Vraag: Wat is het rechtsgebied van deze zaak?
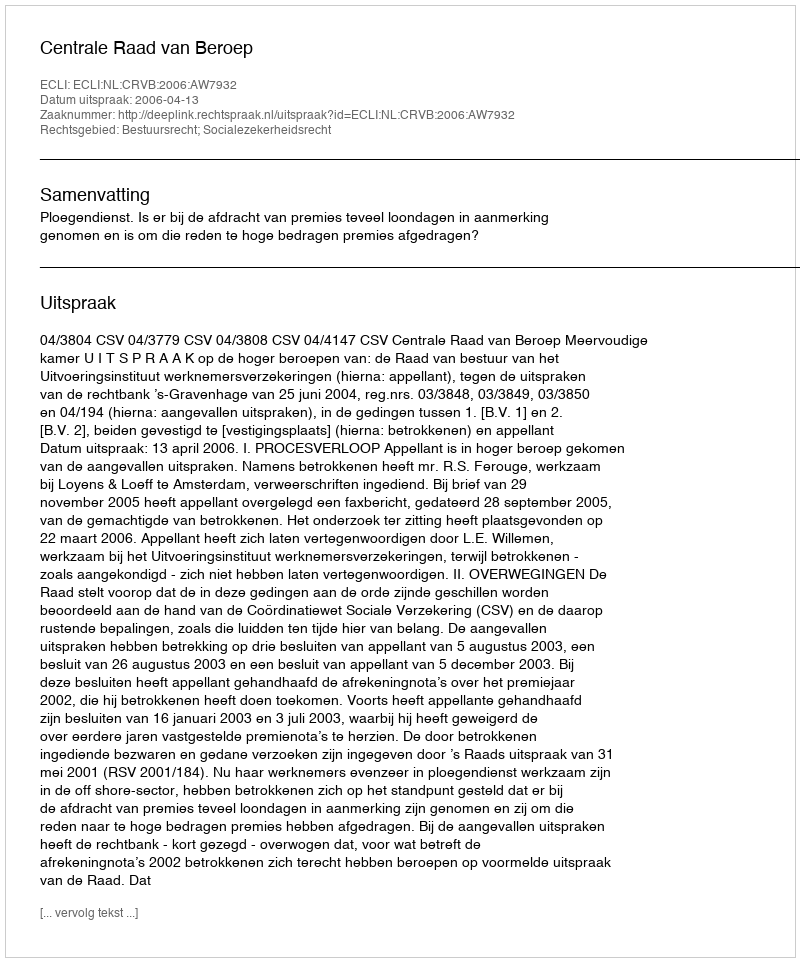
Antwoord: Bestuursrecht; Socialezekerheidsrecht